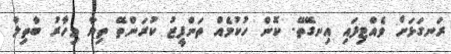
ރަނގަޅަށް ވެއްޓިފައި އިނގޭތޭ. ކޮން ހުކުމެއް ތަންފީޒު ކުރަންތޭ ތިޔާ މިހާރު ބާތިލް